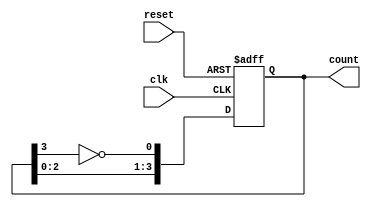
module johnson_counter #(
    parameter N = 4  // Number of flip-flops
)(
    input wire clk,          // Clock signal
    input wire reset,        // Asynchronous reset signal
    output reg [N-1:0] count // Current state of the Johnson counter
);

// Always block that triggers on the rising edge of the clock or reset
always @(posedge clk or posedge reset) begin
    if (reset) begin
        // Reset all flip-flops to 0
        count <= {N{1'b0}};
    end else begin
        // Johnson counter logic
        count <= {count[N-2:0], ~count[N-1]};
    end
end

endmodule